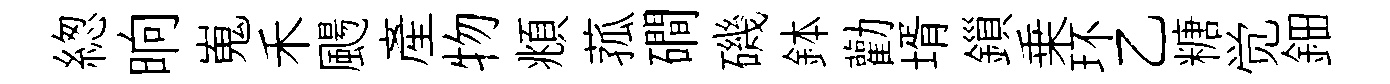
緫晌嵬禾颺産物頫菰磵磯鉢勸壻鎻乗环乙糖觉鈿